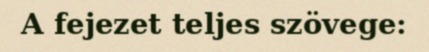
A fejezet teljes szövege: